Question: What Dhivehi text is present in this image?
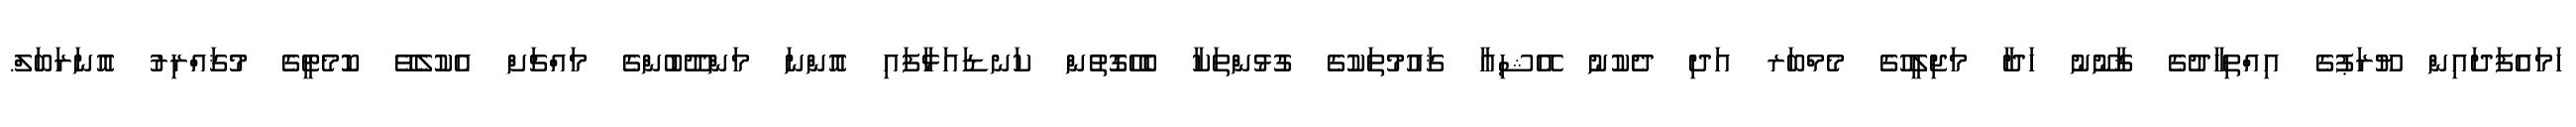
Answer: ހަމައެފަދައިން ޔޫރަޕުގެ އިއްތިހާދުގެ ޤާނޫނު ހަދާ މަޖިލީހުގެ މެމްބަރ އަދި ދެކުނު އޭޝިއާ ޤައުމުތަކުގެ ގުޅުންތަކާ ބެހޭގޮތުން ކަނޑައަޅާފައި އޮންނަ މަންދޫބުންގެ މައްޗަށް އެކުލެވޭ ކޮމެޓީގެ މުޤައްރިރު އޮނަރަބަލް.